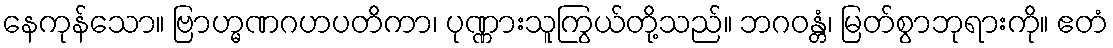
နေကုန်သော။ ဗြာဟ္မဏဂဟပတိကာ၊ ပုဏ္ဏားသူကြွယ်တို့သည်။ ဘဂဝန္တံ၊ မြတ်စွာဘုရားကို။ ဧတံ